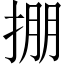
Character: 掤